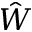
\hat { W }